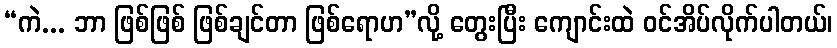
“ကဲ... ဘာ ဖြစ်ဖြစ် ဖြစ်ချင်တာ ဖြစ်ရောဟ”လို့ တွေးပြီး ကျောင်းထဲ ဝင်အိပ်လိုက်ပါတယ်၊